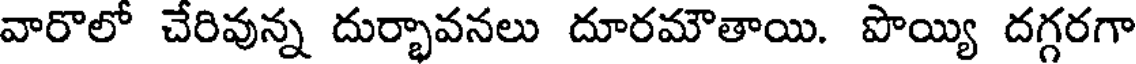
వారొలో చేరివున్న దుర్భావనలు దూరమౌతాయి. పొయ్యి దగ్గరగా